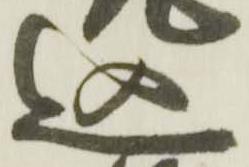
込